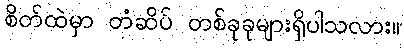
စိတ်ထဲမှာ တံဆိပ် တစ်ခုခုများရှိပါသလား။